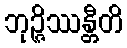
ဘုဉ္ဇိဿန္တီတိ